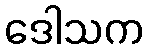
ဒေါသက